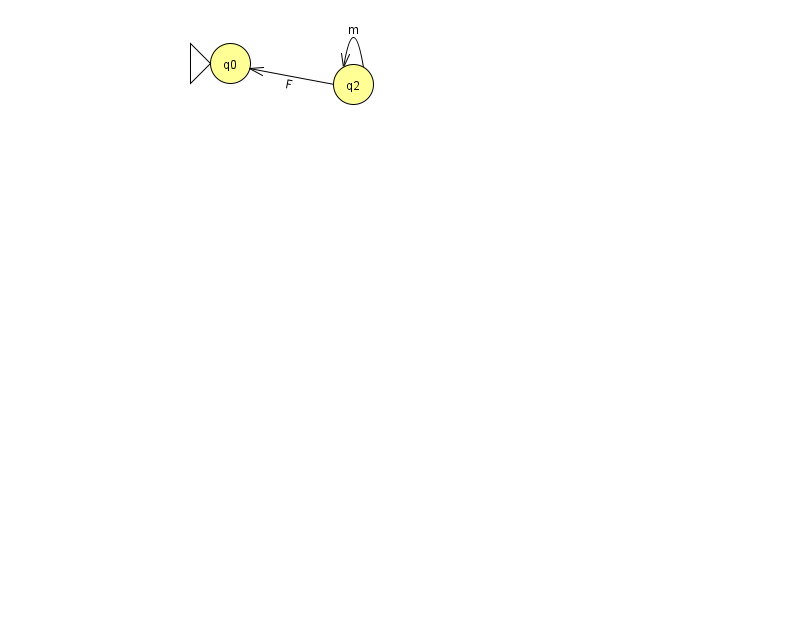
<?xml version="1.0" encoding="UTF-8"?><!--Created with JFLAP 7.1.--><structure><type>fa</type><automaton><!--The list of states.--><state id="0" name="q0"><x>230.0</x><y>50.0</y><initial/></state><state id="2" name="q2"><x>353.0</x><y>71.0</y></state><!--The list of transitions.--><transition><from>2</from><to>0</to><read>F</read></transition><transition><from>2</from><to>2</to><read>m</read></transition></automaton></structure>